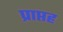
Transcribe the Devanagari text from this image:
प्राप्तह